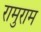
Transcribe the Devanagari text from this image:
रामुराम